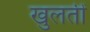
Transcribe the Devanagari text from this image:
खुलतीं